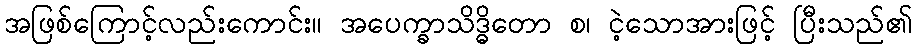
အဖြစ်ကြောင့်လည်းကောင်း။ အပေက္ခာသိဒ္ဓိတော စ၊ ငဲ့သောအားဖြင့် ပြီးသည်၏